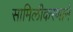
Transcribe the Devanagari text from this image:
सामिलीकरणाने